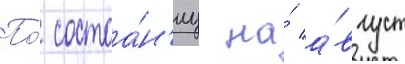
По́ состоа́н'иу на́ а́вгуст